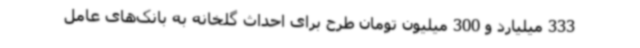
333 میلیارد و 300 میلیون تومان طرح برای احداث گلخانه به بانک‌های عامل